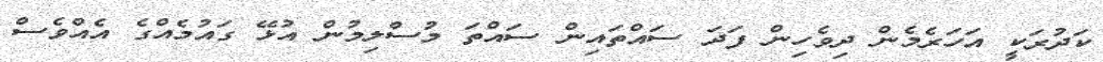
ކަދުރަކީ އަހަރެމެން ދިވެހިން ފަދަ ސައްތައިން ސައްތަ މުސްލިމުން އުޅޭ ގައުމެއްގެ އެއްވެސް